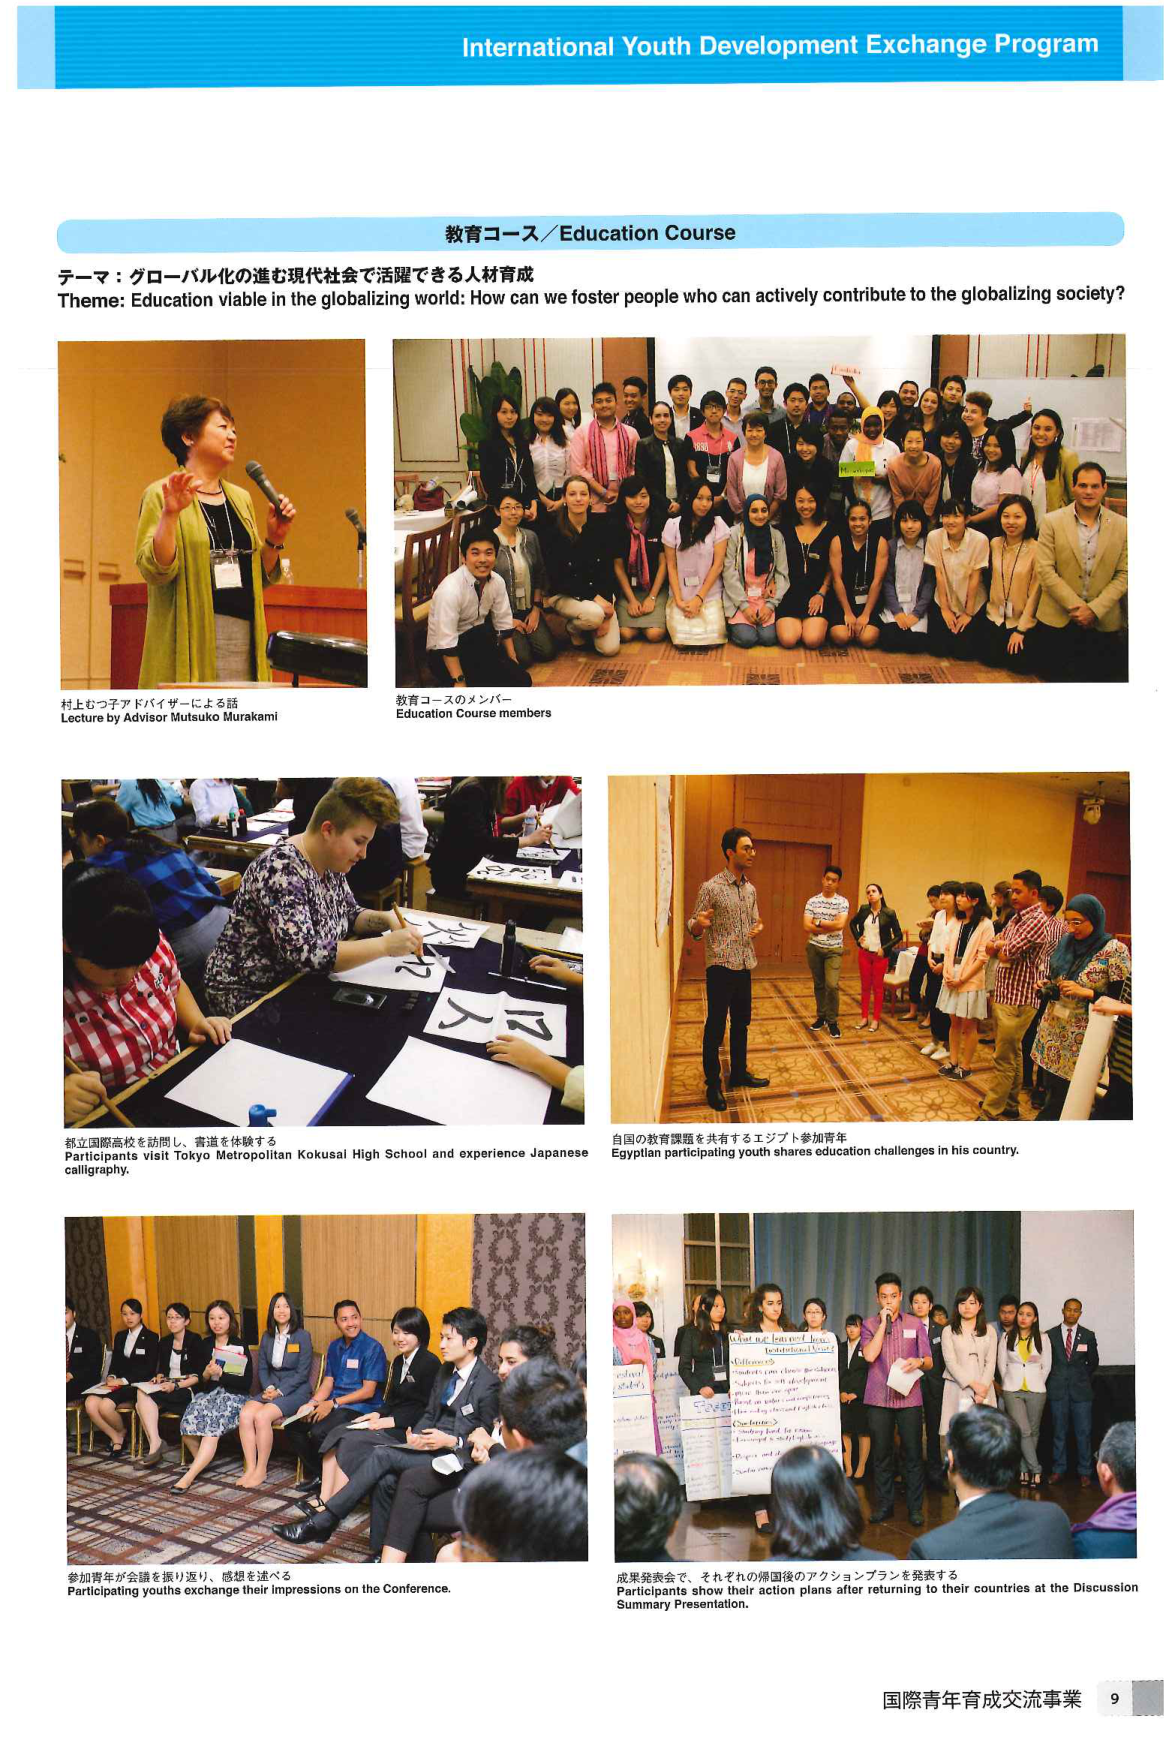
International Youth Development Exchange Program

教育コース／Education Course

テーマ：グローバル化の進む現代社会で活躍できる人材育成
Theme: Education viable in the globalizing world: How can we foster people who can actively contribute to the globalizing society?

村上むつ子アドバイザーによる話
Lecture by Advisor Mutsuko Murakami

教育コースのメンバー
Education Course members

都立国際高校を訪問し、書道を体験する
Participants visit Tokyo Metropolitan Kokusai High School and experience Japanese calligraphy.

自国の教育課題を共有するエジプト参加青年
Egyptian participating youth shares education challenges in his country.

参加青年が会議を振り返り、感想を述べる
Participating youths exchange their impressions on the Conference.

成果発表会で、それぞれの帰国後のアクションプランを発表する
Participants show their action plans after returning to their countries at the Discussion Summary Presentation.

国際青年育成交流事業
9